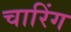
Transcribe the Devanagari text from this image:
चारिंग